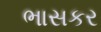
ભાસકર